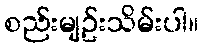
စည်းမျဥ်းသိမ်းပါ။